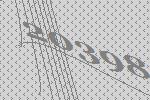
20398